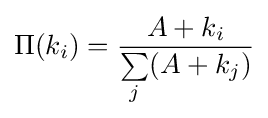
\Pi (k_{i})={\frac {A+k_{i}}{\sum \limits _{j}(A+k_{j})}}